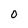
Character: 0